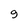
Character: 9